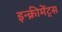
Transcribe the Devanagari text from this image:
इन्‍क्रीमेंट्‌स